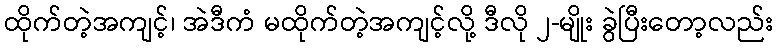
ထိုက်တဲ့အကျင့်၊ အဲဒီကံ မထိုက်တဲ့အကျင့်လို့ ဒီလို ၂-မျိုး ခွဲပြီးတော့လည်း